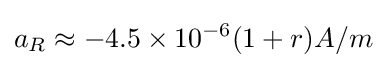
a_{R}\approx -4.5\times 10^{-6}(1+r)A/m